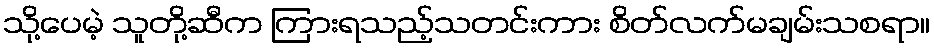
သို့ပေမဲ့ သူတို့ဆီက ကြားရသည့်သတင်းကား စိတ်လက်မချမ်းသစရာ။